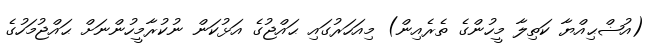
(އުޟްޙިއްޔާ ކަތިލާ މީހުންގެ ތެރެއިން) މިއަހަރުގައި ޙައްޖުގެ އަޅުކަން ނުކުރާމީހުންނަށް ޙައްޖުމަހުގެ